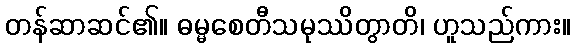
တန်ဆာဆင်၏။ ဓမ္မစေတီသမုဿိတွာတိ၊ ဟူသည်ကား။